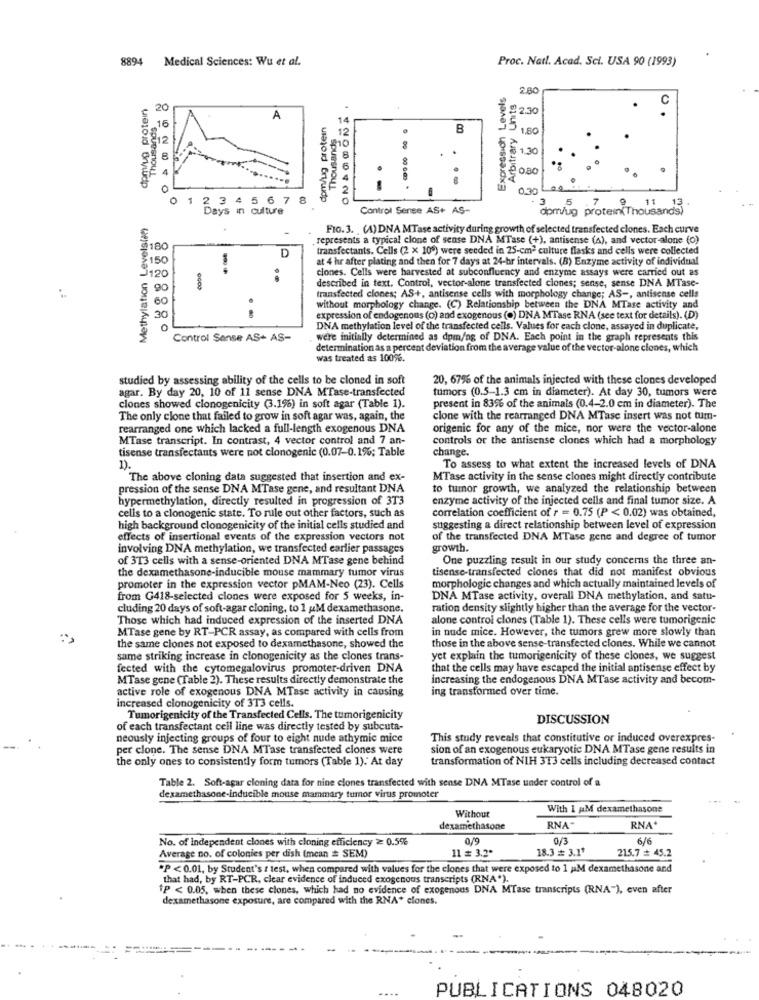
8894 Medical Sciences: Wu et al.
Proc. Natl. Acad. Sci. USA 90 (1993)
Expressich Levels
Arbitrary Units
2.80
dpm/ug protein
20
2.30
Thousands
A
dpm/ug protein
14
Thousands
B
1.80
30
8
O
0.30
1 2 3 4 5 6 7 8
5 67
1 2 3 4
Days in culture
Control Sense AS+ AS-
dom/ug protein(Thousands)
Methylation Levels( ?? )
FIO. 3. (A) DNA MTase activity during growth of selected transfected clones. Each curve
represents a typical clone of sense DNA MTase (+), antisense (A), and vector-alone (o)
80
D
transfectants. Cells (2 x 109) were seeded in 25-cm2 culture flasks and cells were collected
50
1
at 4 hr after plating and then for 7 days at 24-hr intervals. (B) Enzyme activity of individual
clones. Cells were harvested at subconfluency and enzyme assays were carried out as
20
described in text. Control, vector-alone transfected clones; sense, sense DNA MTase-
90
.
transfected clones; AS+, antisense cells with morphology change; AS -, antisense cells
without morphology change. (C) Relationship between the DNA MTase activity and
30
expression of endogenous (o) and exogenous (o) DNA MTase RNA (see text for details). (D)
0
DNA methylation level of the transfected cells. Values for each clone, assayed in duplicate,
Control Sense AS+ AS-
were initially determined as dpm/ng of DNA. Each point in the graph represents this
determination as a percent deviation from the average value of the vector-alone clones, which
was treated as 100%.
studied by assessing ability of the cells to be cloned in soft
20, 67% of the animals injected with these clones developed
agar. By day 20, 10 of 11 sense DNA MTase-transfected
tumors (0.5-1.3 cm in diameter). At day 30, tumors were
clones showed clonogenicity (3.1%) in soft agar (Table 1).
present in 83% of the animals (0.4-2.0 cm in diameter). The
The only clone that failed to grow in soft agar was, again, the
clone with the rearranged DNA MTase insert was not tum-
rearranged one which lacked a full-length exogenous DNA
origenic for any of the mice, nor were the vector-alone
MTase transcript. In contrast, 4 vector control and 7 an-
controls or the antisense clones which had a morphology
tisense transfectants were not clonogenic (0.07-0.1%; Table
change.
1).
To assess to what extent the increased levels of DNA
The above cloning data suggested that insertion and ex-
MTase activity in the sense clones might directly contribute
pression of the sense DNA MTase gene, and resultant DNA
to tumor growth, we analyzed the relationship between
hypermethylation, directly resulted in progression of 3T3
enzyme activity of the injected cells and final tumor size. A
correlation coefficient of r = 0.75 (P < 0.02) was obtained,
cells to a clonogenic state. To rule out other factors, such as
high background clonogenicity of the initial cells studied and
suggesting a direct relationship between level of expression
effects of insertional events of the expression vectors not
of the transfected DNA MTase gene and degree of tumor
involving DNA methylation, we transfected earlier passages
growth.
of 3T3 cells with a sense-oriented DNA MTase gene behind
One puzzling result in our study concerns the three an-
the dexamethasone-inducible mouse mammary tumor virus
tisense-transfected ciones that did not manifest obvious
promoter in the expression vector pMAM-Neo (23). Cells
morphologic changes and which actually maintained levels of
from G418-selected clones were exposed for 5 weeks, in-
DNA MTase activity, overall DNA methylation, and satu-
cluding 20 days of soft-agar cloning, to 1 M dexamethasone.
ration density slightly higher than the average for the vector-
Those which had induced expression of the inserted DNA
alone control clones (Table 1). These cells were tumorigenic
MTase gene by RT-PCR assay, as compared with cells from
in nude mice. However, the tumors grew more slowly than
the same clones not exposed to dexamethasone, showed the
those in the above sense-transfected clones. While we cannot
same striking increase in clonogenicity as the clones trans-
yet explain the tumorigenicity of these clones, we suggest
fected with the cytomegalovirus promoter-driven DNA
that the cells may have escaped the initial antisense effect by
MTase gene (Table 2). These results directly demonstrate the
increasing the endogenous DNA MTase activity and becom-
active role of exogenous DNA MTase activity in causing
ing transformed over time.
increased clonogenicity of 3T3 cells.
Tumorigenicity of the Transfected Cells. The tumorigenicity
DISCUSSION
of each transfectant cell line was directly tested by subcuta-
neously injecting groups of four to eight nude athymic mice
This study reveals that constitutive or induced overexpres-
per clone. The sense DNA MTase transfected clones were
sion of an exogenous eukaryotic DNA MTase gene results in
the only ones to consistently form tumors (Table 1). At day
transformation of NIH 313 cells including decreased contact
Table 2. Soft-agar cloning data for nine clones transfected with sense DNA MTase under control of a
dexamethasone-inducible mouse mammary tumor virus promoter
Without
With 1 AM dexamethasone
dexamethasone
RNA"
RNA*
No. of Independent clones with cloning efficiency ≥ 0.5%
0/9
0/3
6/6
11 # 3.2*
18.3 # 3.1*
215.7 + 45.2
Average no. of colonies per dish (mean # SEM)
"P < 0.01, by Student's t test, when compared with values for the clones that were exposed to 1 paM dexamethasone and
that had, by RT-PCR, clear evidence of induced exogenous transcripts (RNA").
P < 0.05. when these clones, which had no evidence of exogenous DNA MTase transcripts (RNA"), even after
dexamethasone exposure, are compared with the RNA* clones.
PUBLICATIONS 048020